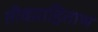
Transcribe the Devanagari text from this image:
तीवग्राहिताभ